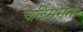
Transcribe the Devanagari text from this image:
चर्लिमगने